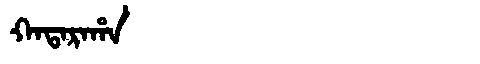
Manchu: ᡴᠠᡨᠠᡵᠠᡥᠠ
Romanization: KATARAHA